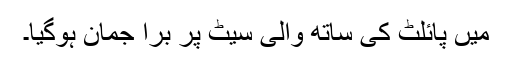
میں پائلٹ کی ساتھ والی سیٹ پر برا جمان ہوگیا۔